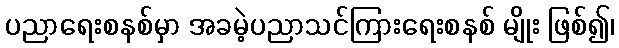
ပညာရေးစနစ်မှာ အခမဲ့ပညာသင်ကြားရေးစနစ် မျိုး ဖြစ်၍၊